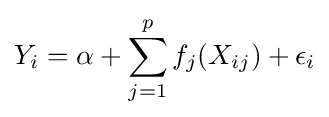
Y_{i}=\alpha +\sum _{j=1}^{p}f_{j}(X_{ij})+\epsilon _{i}